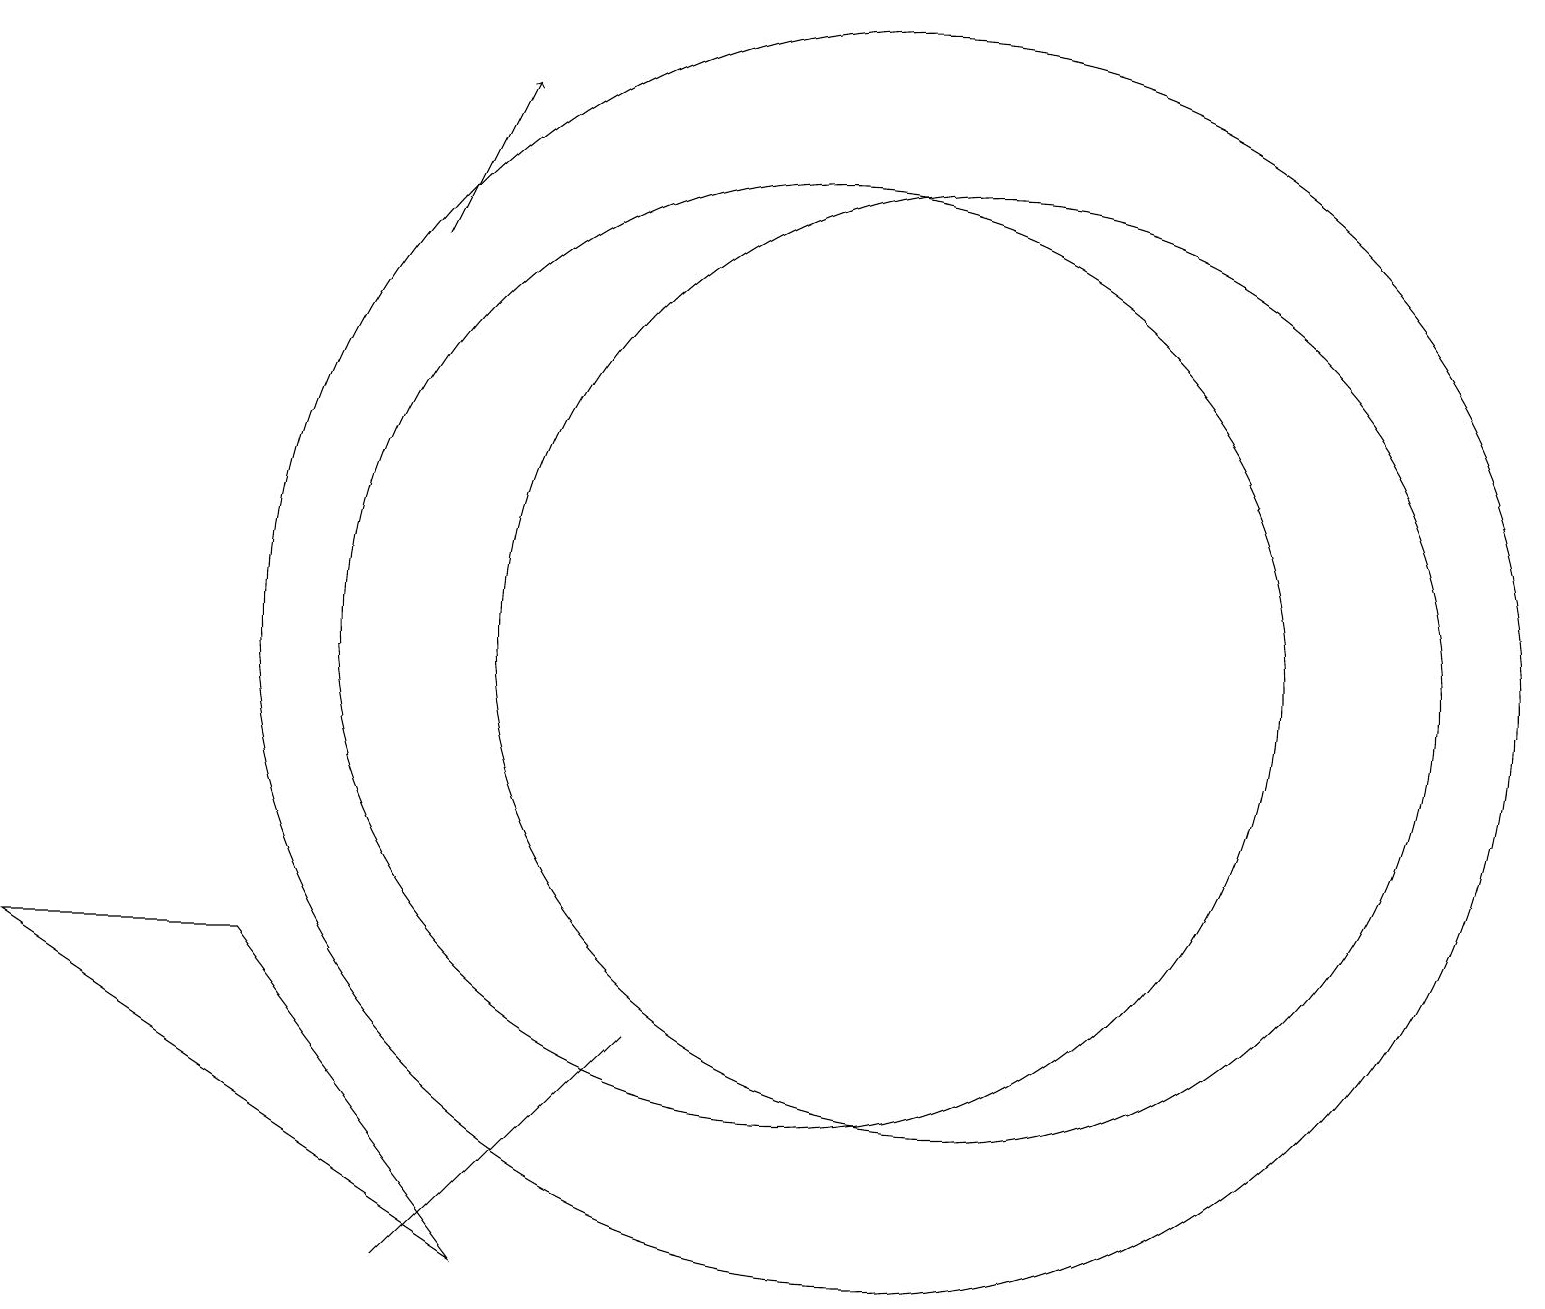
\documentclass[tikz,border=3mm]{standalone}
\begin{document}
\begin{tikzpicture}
\draw[->] (5,15) -- (6,17);
\draw (10,10) circle (6);
\draw (3,6) -- (6,2) -- (0,6) -- cycle;
\draw (12,10) circle (6);
\draw (11,10) circle (8);
\draw (5,2) -- (6,3) -- (8,5) -- cycle;
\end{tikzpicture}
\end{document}